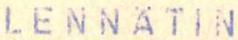
lenn&tinlaitos